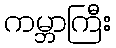
ကမ္ဘာကြီး